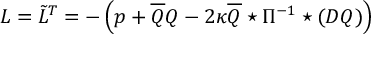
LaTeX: { \cal L } = \tilde { L } ^ { T } = - \left( p + \overline { { { Q } } } Q - 2 \kappa \overline { { { Q } } } \star \Pi ^ { - 1 } \star ( D Q ) \right)